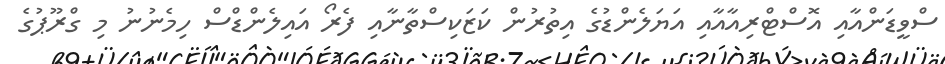
ސްވީޑަންއާއި އޮސްޓްރިއާއާއި އަޔަލެންޑުގެ އިތުރުން ކަޒަކިސްތާނާއި ފެރޯ އައިލެންޑްސް ހިމެނުނު މި ގްރޫޕުގެ